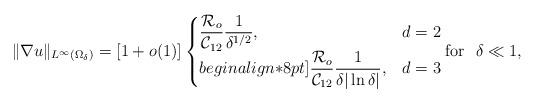
LaTeX: \begin{align*} \|\nabla u\|_{L^\infty(\Omega_\delta)}=\left[1+o(1)\right]\begin{cases}\displaystyle \frac{\mathcal{R}_o}{\mathcal{C}_{12}}\frac{1}{\delta^{1/2}}, & d=2\\begin{align*}8pt]\displaystyle \frac{\mathcal{R}_o}{\mathcal{C}_{12}}\frac{1}{ \delta |\ln \delta|}, & d=3\end{cases}\mbox{for }~\delta\ll 1,\end{align*}